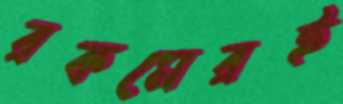
রকমেরই